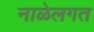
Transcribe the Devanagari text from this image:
नाळेलगत